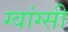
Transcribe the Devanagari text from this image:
ग्वांग्सी